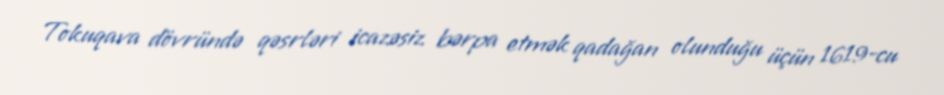
Tokuqava dövründə qəsrləri icazəsiz bərpa etmək qadağan olunduğu üçün 1619-cu